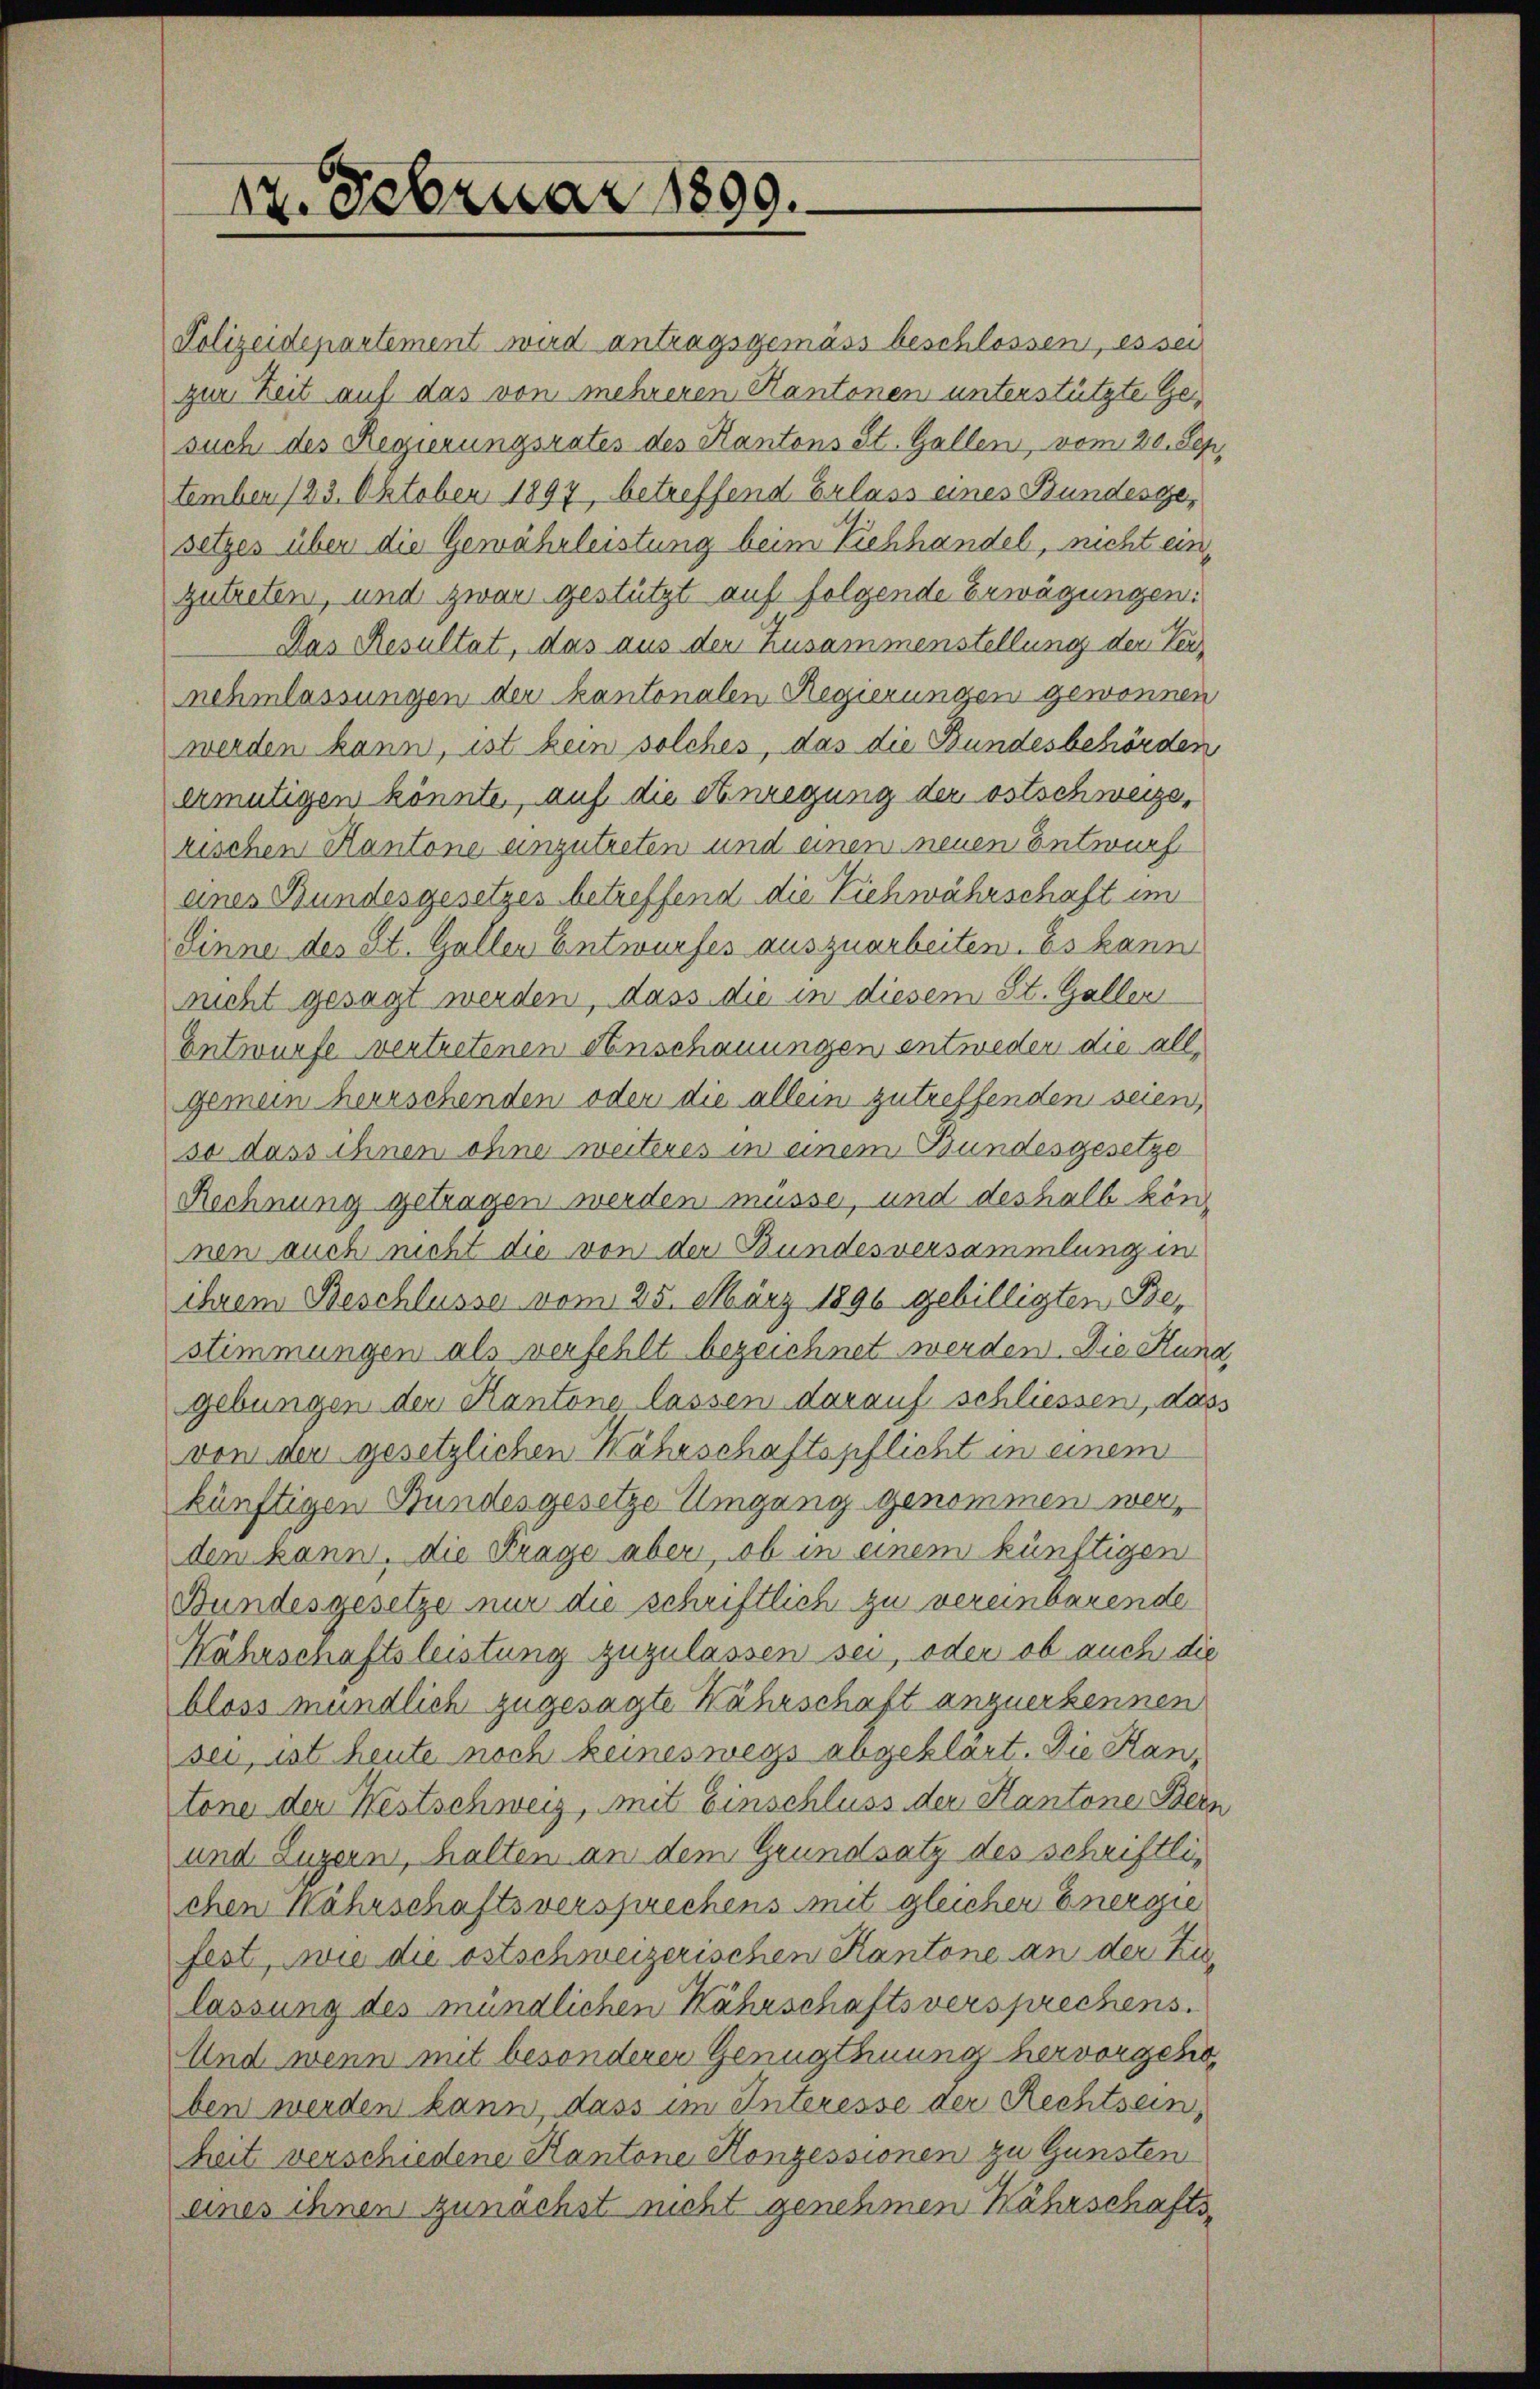
12. Februar 1899.

Polizeidepartement wird antragsgemäss beschlossen, es sei
zur Zeit auf das von mehreren Kantonen unterstützte Gesuch des Regierungsrates des Kantons St. Gallen, vom 20. Sep.
tember 123. Oktober 1897, betreffend Erlass eines Bundesgesetzes über die Gewährleistung beim Viehhandel, nicht einzutreten, und zwar gestützt auf folgende Erwägungen:
Das Resultat, das aus der Zusammenstellung der Leinehmlassungen der kantonalen Regierungen gewonnen
werden kann, ist kein solches, das die Bundesbehörden
ermütigen könnte, auf die Anregung der ostschwerze,
rischen Kantone einzutreten und einen neuen Entwurf
eines Bundesgesetzes betreffend die Viehwährschaft im
Sinne des St. Gallen Entwurfes auszuarbeiten. Es kann
nicht gesagt werden, dass die in diesem St. Galler
Entwurfe vertretenen Anschauungen entweder die allgemein herrschenden oder die allein zutreffenden seien,
so dass ihnen ohne weiteres in einem Bundesgesetze
Rechnung getragen werden müsse, und deshalb können auch nicht die von der Bundesversammlung in
ihrem Beschlüsse vom 25. März 1890 gebilligten Bestimmungen als verfehlt bezeichnet werden. Die Kund
gebungen der Kantone lassen darauf schliessen, dass
von der gesetzlichen Nährschaftspflicht in einem
künftigen Bundesgesetze Umgang genommen werden kann, die Frage aber, ob in einem künftigen
Bundesgesetze nur die schriftlich zu vereinbarende
Wahrschaftsleistung zuzulassen sei, oder ob auch die
bloss mündlich zugesagte Nahrschaft anzuerkennen
sei, ist heute noch keineswegs abgeklärt. Die Kantone der Westschweiz, mit Einschluss der Kantone Bern
und Luzern, halten an dem Grundsatz des schriftlichen Kährschaftsversprechens mit gleicher Energie
fest, wie die ostschweizerischen Kantone an der Zulassung des mündlichen Kährschaftsversprechens.
Und wenn mit besonderer Genugthuung hervorgeho
ben werden kann, dass im Interesse der Rechtsein,
heit verschiedene Kantone Konzessionen zu Gunsten
eines ihnen zunächst nicht genehmen Währschafts¬